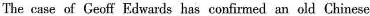
The case of Geoff Edwards has confirmed an old Chinese